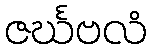
ဇင်္ဃဗလံ